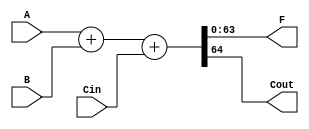
module Adder(F, Cout, A, B, Cin);
	input [63:0] A, B;
	input Cin;
	output [63:0] F;
	output Cout;
	
	assign {Cout, F} = A + B + Cin;
	
endmodule